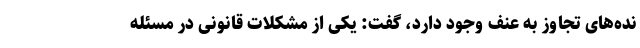
نده‌های تجاوز به عنف وجود دارد، گفت: یکی از مشکلات قانونی در مسئله